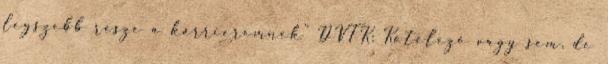
legszebb része a karrieremnek” DVTK: Kötelező vagy sem, de